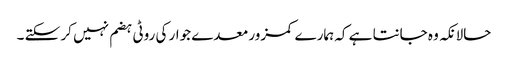
حالانکہ وہ جانتا ہے کہ ہمارے کمزور معدے جوار کی روٹی ہضم نہیں کر سکتے ۔